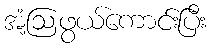
အံ့ဩဖွယ်ကောင်းပြီး